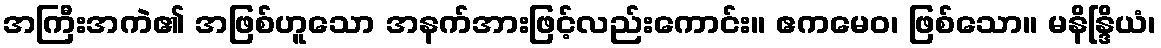
အကြီးအကဲ၏ အဖြစ်ဟူသော အနက်အားဖြင့်လည်းကောင်း။ ဧကမေဝ၊ ဖြစ်သော။ မနိန္ဒြိယံ၊